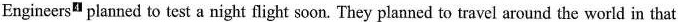
Engineers" planned to test a night flight soon. They planned to travel around the world in that